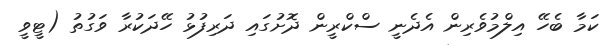
ކަމާ ބެހޭ އިލްމުވެރިން އެދެނީ ސްކްރީން ދޮށުގައި ދަރިފުޅު ހޭދަކުރާ ވަގުތު (ޓީވީ